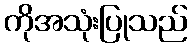
ကိုအသုံးပြုသည်